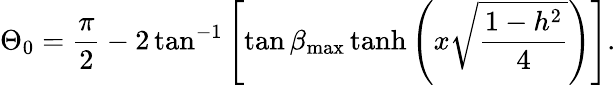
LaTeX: \Theta_{0}=\frac{\pi}{2}-2\tan^{-1}\left[\tan\beta_{\mathrm{max}}\operatorname{tanh}\left(x\sqrt{\frac{1-h^{2}}{4}}\right)\right].